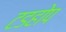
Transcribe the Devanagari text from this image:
टडहोप